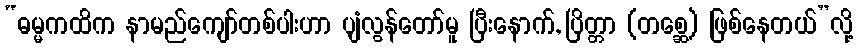
“ဓမ္မကထိက နာမည်ကျော်တစ်ပါးဟာ ပျံလွန်တော်မူ ပြီးနောက်, ပြိတ္တာ (တစ္ဆေ) ဖြစ်နေတယ်”လို့